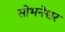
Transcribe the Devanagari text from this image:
सोभनेश्वर